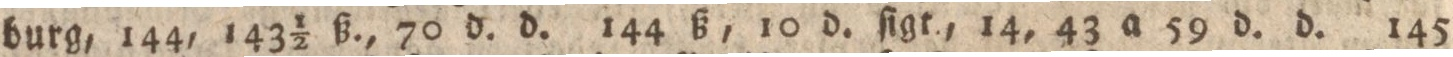
burg, 144, 143½ ß., 70 d. d. 144 ß, 10 d. ſigt., 14, 43 a 59 d. d. 145